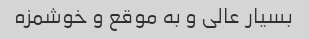
بسیار عالی و به موقع و خوشمزه